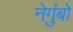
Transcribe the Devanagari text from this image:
नेगुंबो